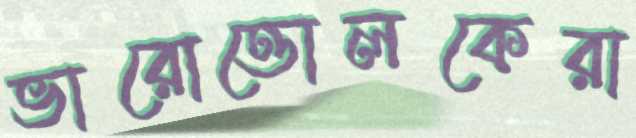
ভারোত্তোলকেরা